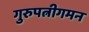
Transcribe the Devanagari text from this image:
गुरुपत्नीगमन